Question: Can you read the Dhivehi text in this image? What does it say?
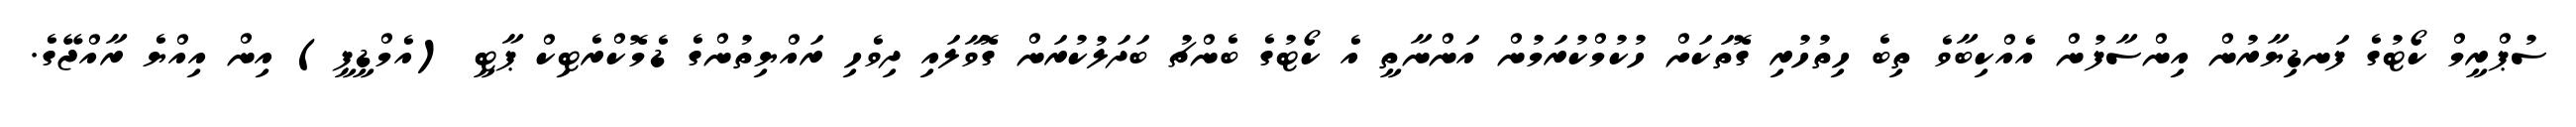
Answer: ސުޕްރީމް ކޯޓުގެ ފަނޑިޔާރުން އިންސާފުން އެއްކިބާވެ ތިބެ ހިތުހުރި ގޮތަކަށް ހުކުމްކުރަމުން އަންނާތީ އެ ކޯޓުގެ ބެންޗު ބަދަލުކުރަން ގޮވާލައި ދިވެހި ރައްޔިތުންގެ ޑެމޮކްރެޓިކް ޕާޓީ (އެމްޑީޕީ) އިން އިއްޔެ ރާއްޖޭގެ.